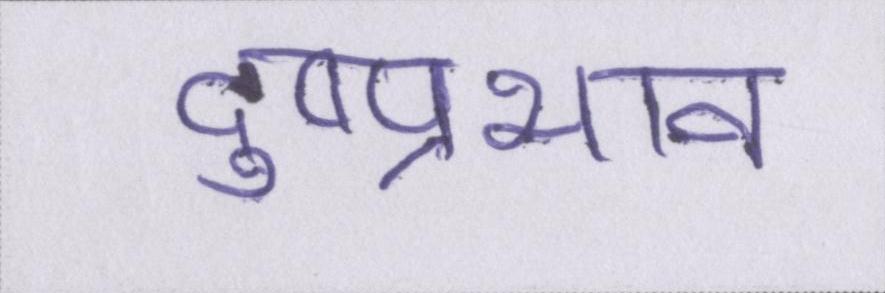
दुष्प्रभाव